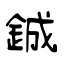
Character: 鋮